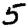
Digit: 5